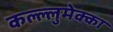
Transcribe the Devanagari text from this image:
कल्ल्लुमेक्का